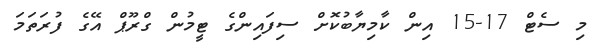
މި ސެޓް 17-15 އިން ކާމިޔާބުކޮށް ސިފައިންގެ ޓީމުން ގްރޫޕް އޭގެ ފުރަތަމަ